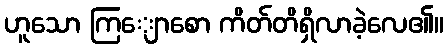
ဟူသော ကြျောစော ကိတ်တိရှိလာခဲ့လေ၏။